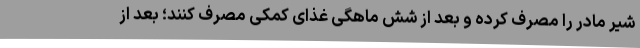
شیر مادر را مصرف کرده و بعد از شش ماهگی غذای کمکی مصرف کنند؛ بعد از